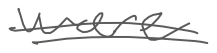
Text: were
Cross-out: double-line
Writing tool: digital_gray